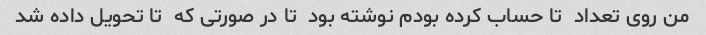
من روی تعداد  تا حساب کرده بودم نوشته بود  تا در صورتی که  تا تحویل داده شد